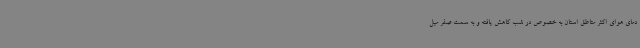
دمای هوای اکثر متاطق استان به خصوص در شب کاهش یافته و به سمت صفر میل